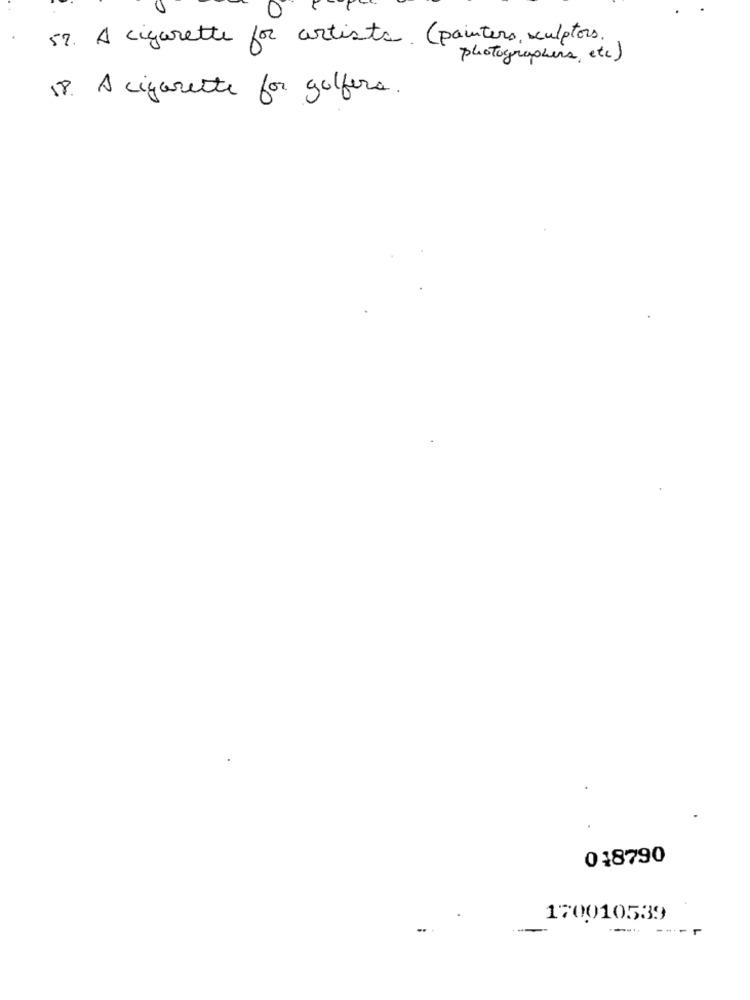
57. A cigarette for artists. ( painters, sculptors.
photographers, etc)
18. A cigarette for golfers.
018790
170010539
---..